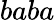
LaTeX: baba